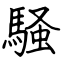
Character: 騒